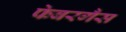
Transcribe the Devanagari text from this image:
फेबरगैस